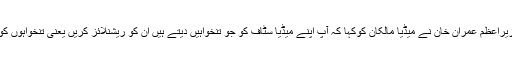
جس پر وزیراعظم عمران خان نے میڈیا مالکان کوکہا کہ آپ اپنے میڈیا سٹاف کو جو تنخواہیں دیتے ہیں ان کو ریشنلائز کریں یعنی تنخواہوں کو کم کریں۔